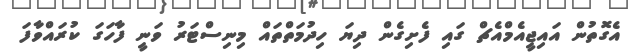
އެގޮތުން އައިޖީއެމްއެޗް ގައި ފެށިގެން ދިޔަ ހިދުމަތްތައް މިނިސްޓަރު ވަނީ ފާހަގަ ކުރައްވާފަ